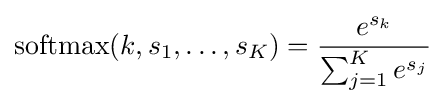
\operatorname {softmax} (k,s_{1},\ldots ,s_{K})={\frac {e^{s_{k}}}{\sum _{j=1}^{K}e^{s_{j}}}}